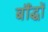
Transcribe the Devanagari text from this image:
बौंद्धों